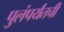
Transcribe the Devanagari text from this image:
पुलंपर्यंतची